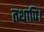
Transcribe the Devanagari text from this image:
तथापि।